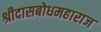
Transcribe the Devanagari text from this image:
श्रीदासबोधमहाराज